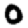
Digit: 0